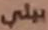
بيلي